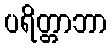
ပရိတ္တာဘာ